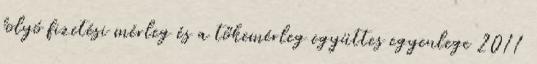
folyó fizetési mérleg és a tőkemérleg együttes egyenlege 2011